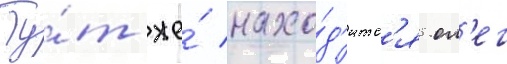
Ту́т же́ нахо́д'итс'я ол'ег